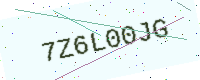
Text: 7Z6L00JG